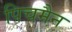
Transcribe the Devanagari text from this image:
पिचमैन